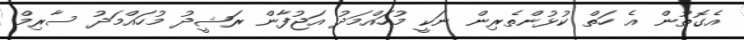
އެގޮތުން އެ ހަތް ކުޅުންތެރިން ނަކީ މުހައްމަދު އަޖުފާން ރަޝީދު މުހައްމަދު ސާރިމް